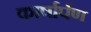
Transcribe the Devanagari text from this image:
कार्षार्पण